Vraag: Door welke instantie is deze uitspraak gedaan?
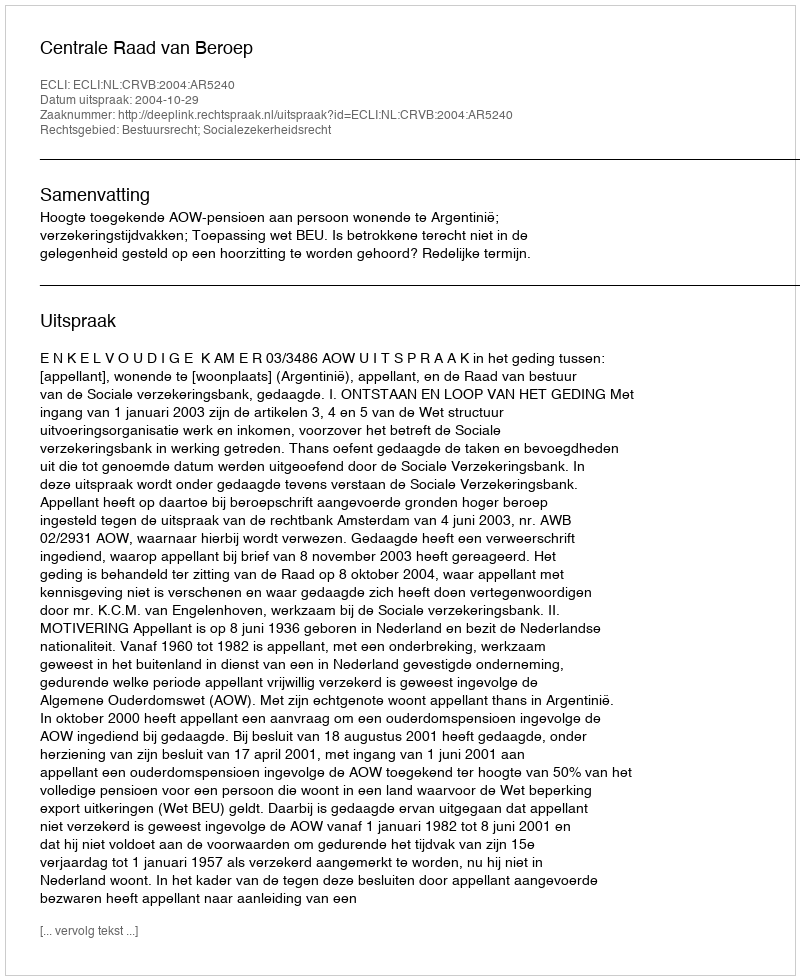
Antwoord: Centrale Raad van Beroep